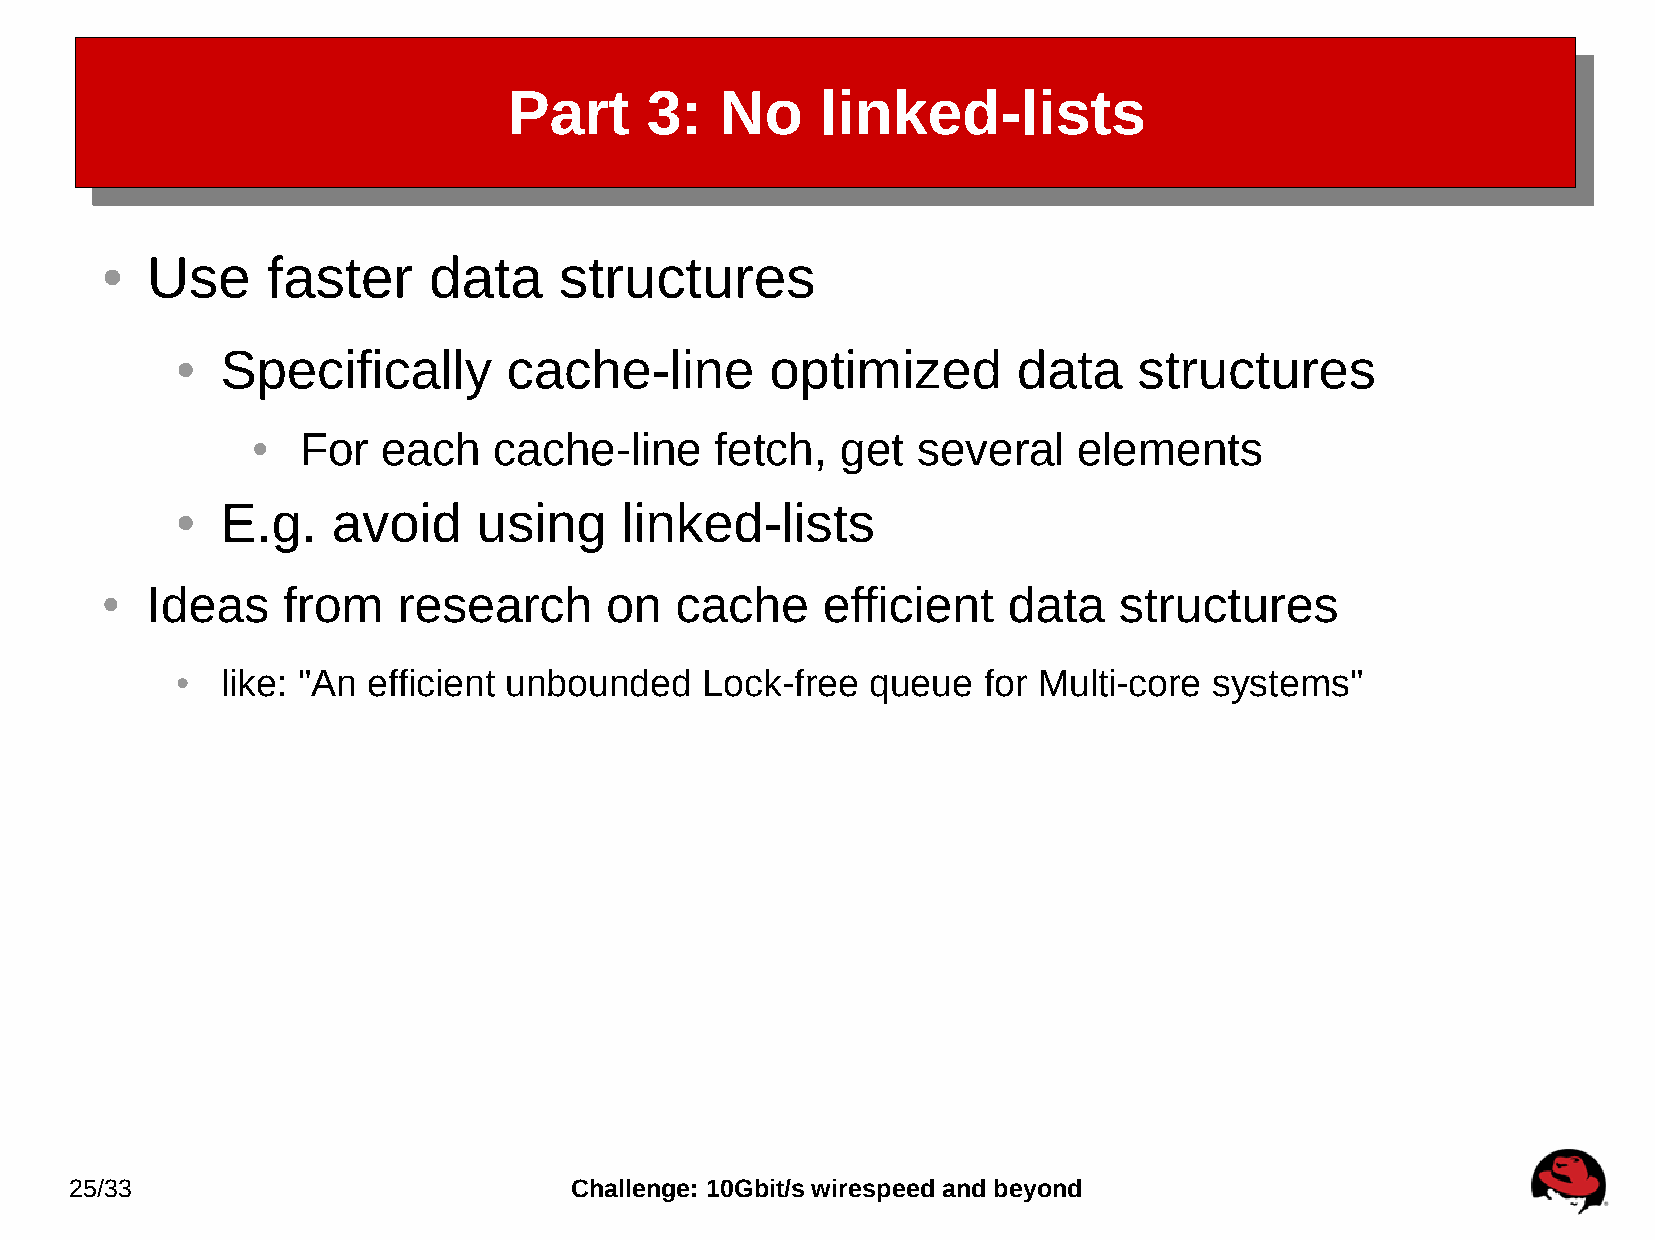
Part     3:   No    linked-lists
 Use     faster    data     structures
 ●
 Specifically       cache-line       optimized       data    structures
 ●
 For  each    cache-line    fetch,   get  several   elements
 ●
 E.g.   avoid     using    linked-lists
 ●
 Ideas    from   research      on   cache    efficient    data   structures
 ●
 like: "An efficient unbounded   Lock-free  queue  for Multi-core systems"
 ●
 25/33                            Challenge: 10Gbit/s wirespeed and beyond